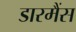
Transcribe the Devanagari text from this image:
डारमैंस